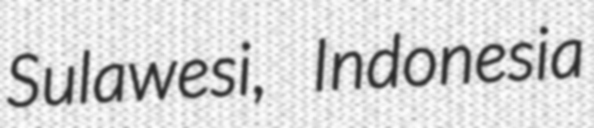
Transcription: Sulawesi, Indonesia